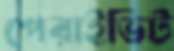
পেরাইভিট